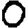
Digit: 0